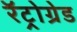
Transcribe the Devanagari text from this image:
रॅट्रोग्रेड